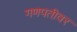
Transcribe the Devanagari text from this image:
गणपतीवर